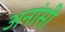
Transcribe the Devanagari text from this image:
अनांसी